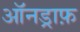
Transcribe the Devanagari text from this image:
ऑनड्राफ़